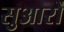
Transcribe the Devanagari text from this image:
सुआरों